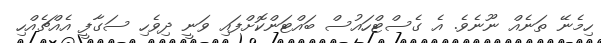
ހިމެނޭ ތަނެއް ނޫނެވެ. އެ ގެސްޓްހައުސް ބައްޓަންކޮށްފައި ވަނީ ދިވެހި ސަގާފީ އެއްޗެއްހި